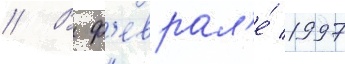
// В ф'еврал'е́ 1997